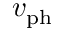
v _ { \mathrm { p h } }